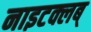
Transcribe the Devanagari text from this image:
नाइटक्लब्